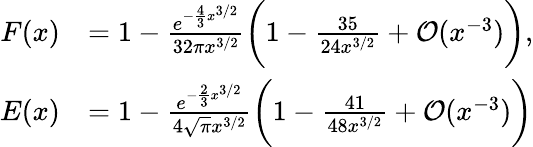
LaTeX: {\begin{array}{rl}{F(x)}&{=1-{\frac{e^{-{\frac{4}{3}}x^{3/2}}}{32\pi x^{3/2}}}{\biggl(}1-{\frac{35}{24x^{3/2}}}+{\cal{O}}(x^{-3}){\biggr)},}\\ {E(x)}&{=1-{\frac{e^{-{\frac{2}{3}}x^{3/2}}}{4{\sqrt{\pi}}x^{3/2}}}{\biggl(}1-{\frac{41}{48x^{3/2}}}+{\cal{O}}(x^{-3}){\biggr)}}\end{array}}